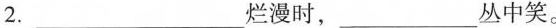
2.___烂漫时，___丛中笑。